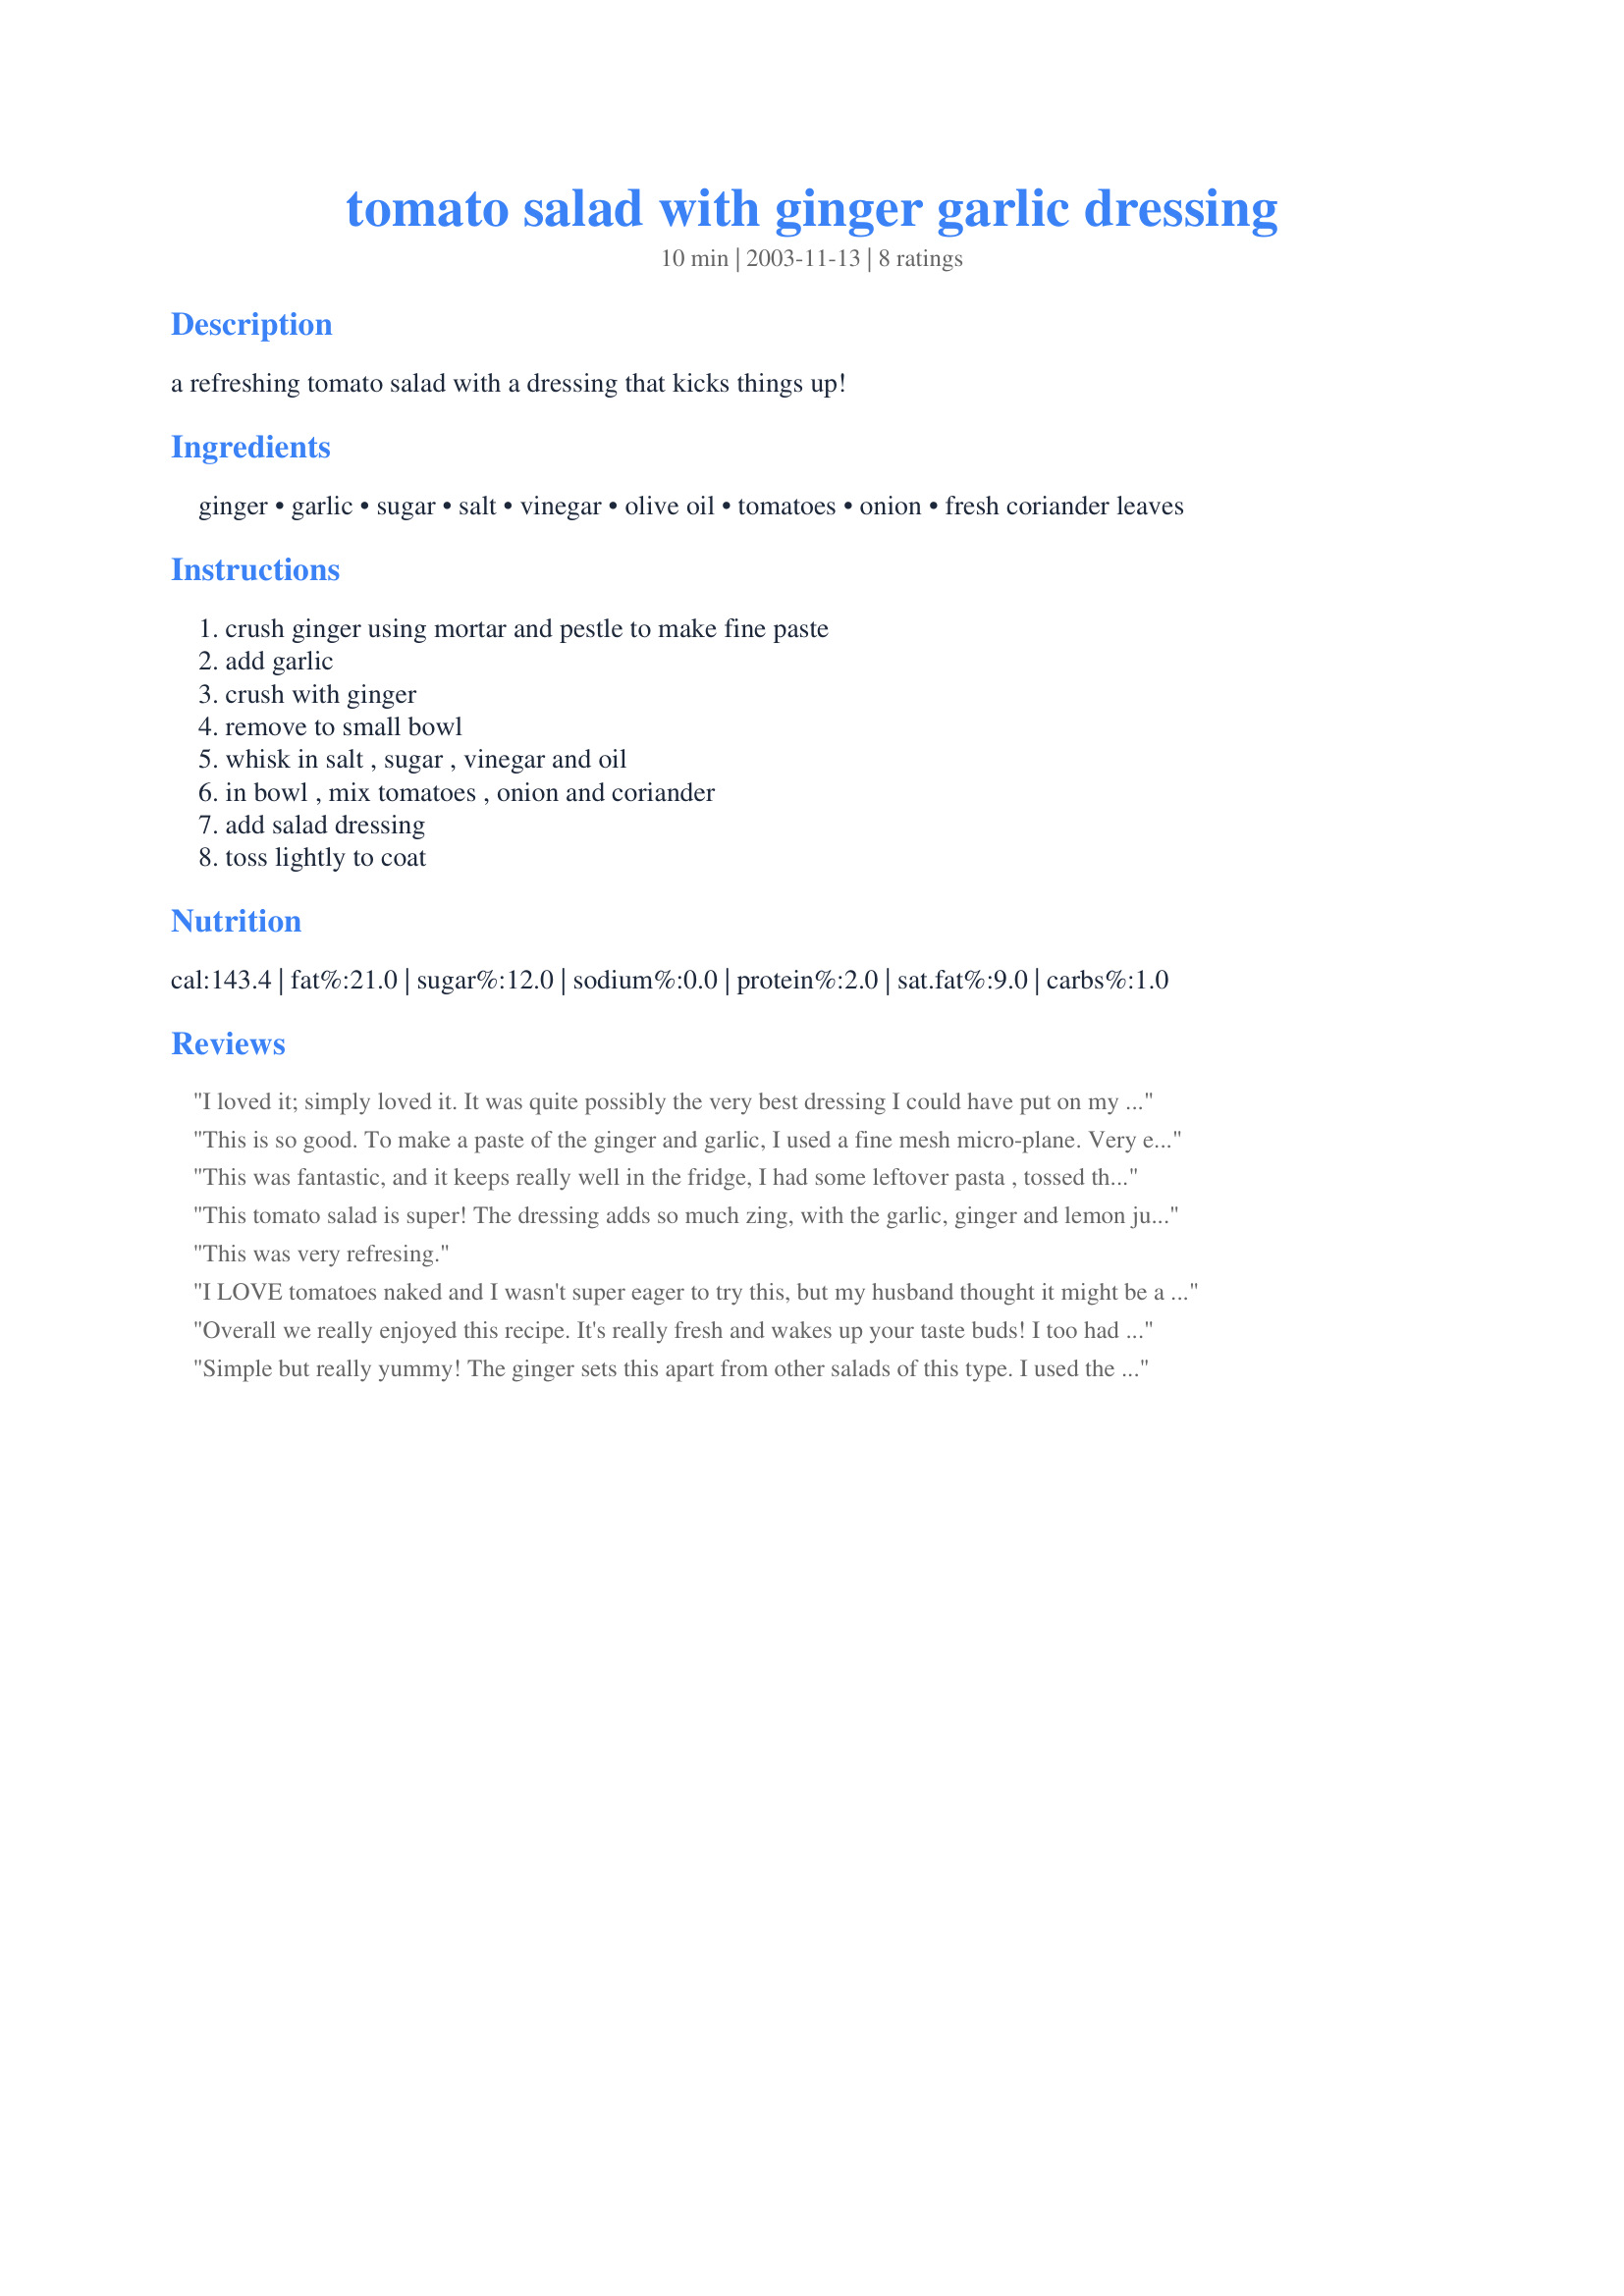
tomato salad with ginger garlic dressing
Preparation time: 10 minutes

a refreshing tomato salad with a dressing that kicks things up!

Ingredients:
ginger, garlic, sugar, salt, vinegar, olive oil, tomatoes, onion, fresh coriander leaves

Steps:
crush ginger using mortar and pestle to make fine paste, add garlic, crush with ginger, remove to small bowl, whisk in salt , sugar , vinegar and oil, in bowl , mix tomatoes , onion and coriander, add salad dressing, toss lightly to coat

Reviews:
I loved it; simply loved it. It was quite possibly the very best dressing I could have put on my salad, which consisted of all of the ingredients mentioned with the addition of grilled tuna steak & red onion. (I am mad for red onion.)

I was shopping today for Ginger Dressing & the cheapest I saw was $3.98. I made this for perhaps 15 cents & I bet it was better.
This is so good. To make a paste of the ginger and garlic, I used a fine mesh micro-plane. Very easy and very quick. I made the recipe as written and we loved it. Thanks Evelyn for posting.
This was fantastic, and it keeps really well in the fridge, I had some leftover pasta , tossed this over the top and reheated..wow, Im now earmarking this in my pasta cookbook aswell as my tomato one.
i will use tjis all summer long
This tomato salad is super! The dressing adds so much zing, with the garlic, ginger and lemon juice (I didn't use the vinegar.) Very fresh and light. I opted not to use the sugar, and just added a tablespoon or so of oil because I don't like my salad dressings very oily. I did have a little problem making a fine paste of my ginger and garlic and ended up with some bits and pieces, but it's still fine. I've been trying to eat more fresh garlic and onions, and less processed and cooked foods (enzymes and all that nutrition stuff) and this recipe is just perfect. Thanks, Evelyn.
This was very refresing.
I LOVE tomatoes naked and I wasn't super eager to try this, but my husband thought it might be a nice change. WOW am I glad we tried it. I LOVED the recipe. It's super easy to pull together and the flavours work so well. This will become part of our everyday recipes!
Overall we really enjoyed this recipe. It's really fresh and wakes up your taste buds! I too had a bit of trouble getting the ginger and garlic down to a fine paste, but I think that's because of my inexperience with a pestle & mortar more than anything else. I did find there was a bit too much vinegar in the dressing. Next time I'd use half as much vinegar but keep the oil the same.
Simple but really yummy! The ginger sets this apart from other salads of this type. I used the optional sugar. I'll be making this often while my cherry tomato plants are producing. Thanx!
